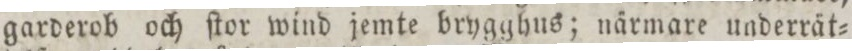
garderob och ſtor wind jemte brygghus; närmare underrät=